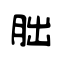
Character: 胐